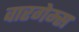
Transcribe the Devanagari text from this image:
वारगेम्स